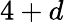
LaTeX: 4+d